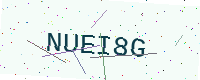
Text: NUEI8G